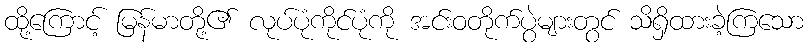
ထို့ကြောင့် မြန်မာတို့၏ လုပ်ပုံကိုင်ပုံကို အင်းဝတိုက်ပွဲများတွင် သိရှိထားခဲ့ကြသော